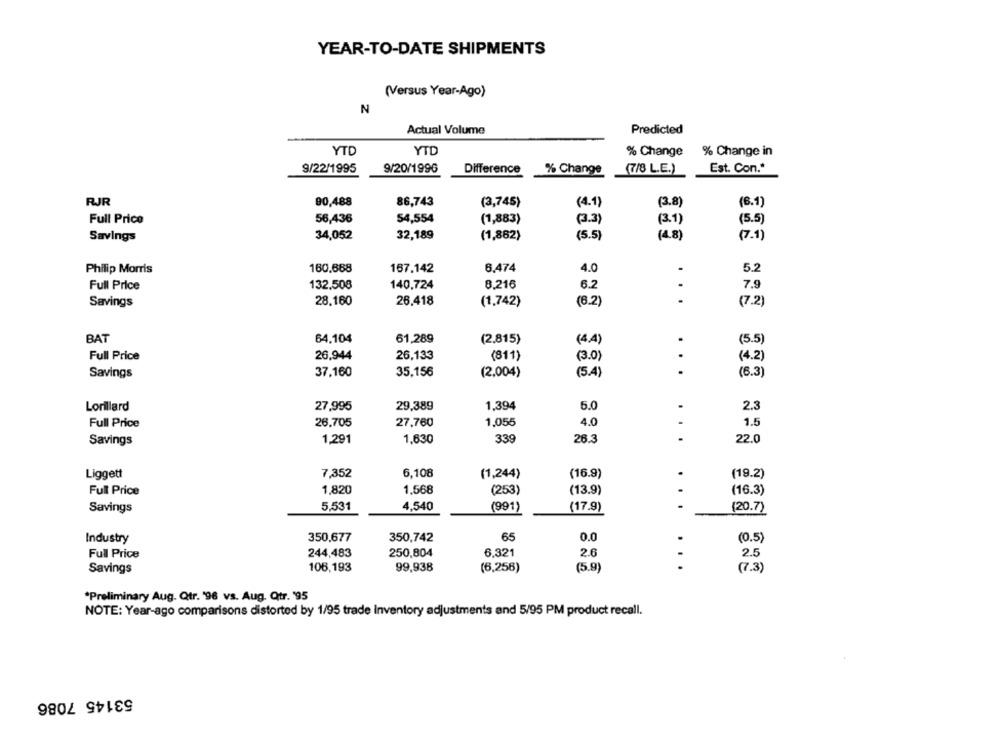
YEAR-TO-DATE SHIPMENTS
(Versus Year-Ago)
N
Actual Volume
Predicted
YTD
YTD
% Change
% Change in
9/22/1995
9/20/1996
Difference
% Change
(7/8 L.E.)
Est. Con .*
RJR
90,488
86,743
(3,745)
(4.1)
(3.8)
(6.1)
Full Price
56,436
54,554
(1,883)
(3.3)
(3.1)
(5.5)
Savings
34,052
32,189
(1,862)
(5.5
(4.8)
(7.1)
167.142
6.474
4.0
5.2
Philip Morris
160.688
Full Price
132.508
140,724
8.216
6.2
.
7.9
Savings
28.160
26.418
(1,742)
(6.2)
.
(7.2
BAT
64,104
61,289
(2.815)
(44)
(5.5)
Full Price
26,944
26,133
(811)
.
(3.0)
(4.2)
35,156
.
Savings
37,160
(2.004)
(5.4)
(6.3)
Lorillard
27,995
29,389
1,394
5.0
.
2.3
Full Price
26.705
27,760
1,055
4.0
.
1.5
-
22.0
Savings
1,291
1,630
339
26.3
Liggett
7,352
6,108
(1,244)
(16.9)
(19.2)
1,820
1.568
Full Price
(253)
(13.9)
(16.3)
Savings
5.531
4,540
(991)
(17.9)
.
(20.7)
Industry
350,677
350,742
65
0.0
(0.5)
Full Price
244,483
250,804
6.321
2.6
2.5
Savings
106,193
99,938
(6,256)
(5.9)
...
(7.3)
"Preliminary Aug. Qtr. '96 vs. Aug. Qtr. '95
NOTE: Year-ago comparisons distorted by 1/95 trade Inventory adjustments and 5/95 PM product recall.
53145 7086